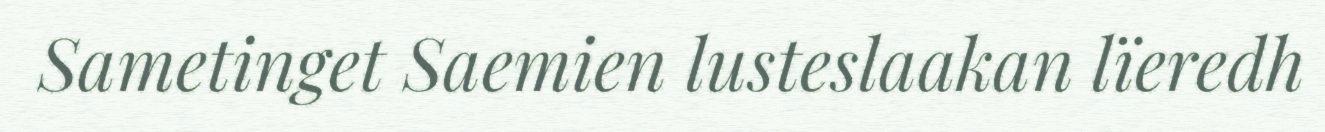
Sametinget Saemien lusteslaakan lïeredh